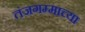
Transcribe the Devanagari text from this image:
तंजगम्माच्या